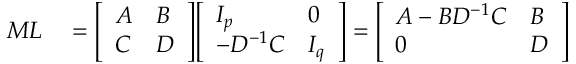
\begin{array} { r l } { M L } & { { } = { \left[ \begin{array} { l l } { A } & { B } \\ { C } & { D } \end{array} \right] } { \left[ \begin{array} { l l } { I _ { p } } & { 0 } \\ { - D ^ { - 1 } C } & { I _ { q } } \end{array} \right] } = { \left[ \begin{array} { l l } { A - B D ^ { - 1 } C } & { B } \\ { 0 } & { D } \end{array} \right] } } \end{array}